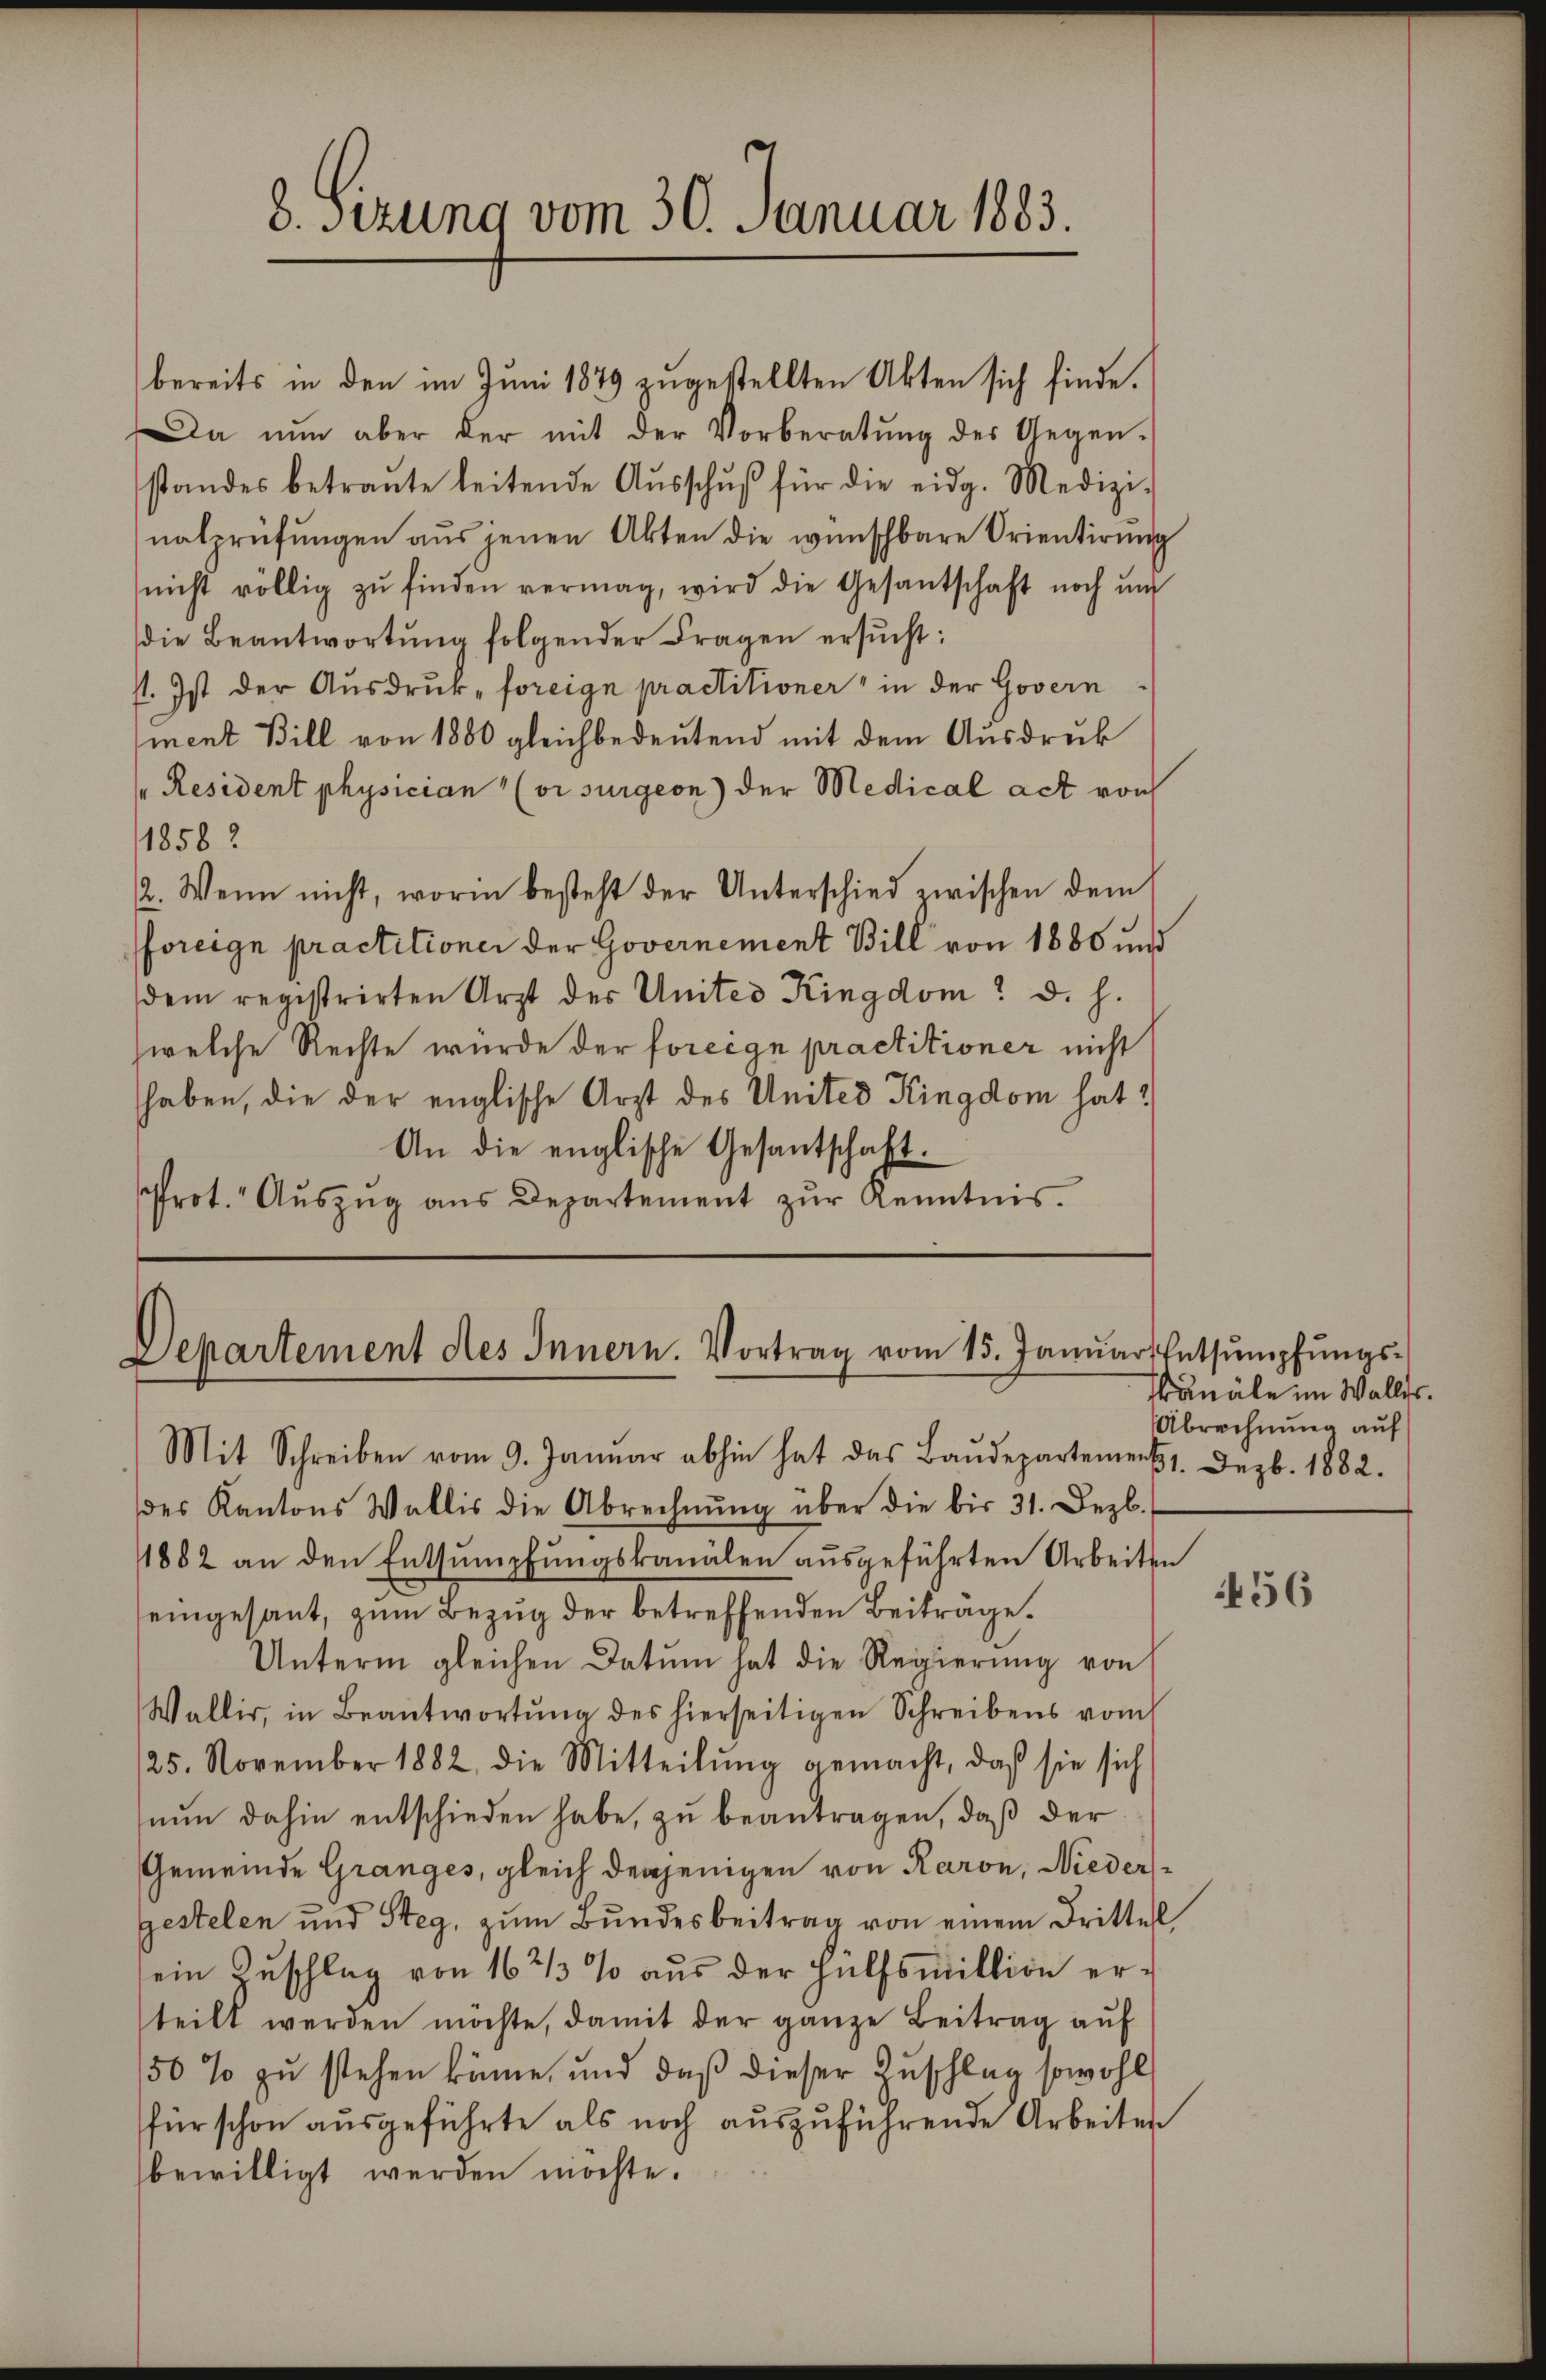
Departement des Innern. Vortrag vom 15. Janŭar Entsumpfŭngs-

bereits in den im Juni 1849 zugestellten Akten sich finde.
Da nun aber der mit der Vorberatŭng des Gegen-
standes betraŭte leitende Aŭsschŭβ für die eidg. Medizi-
natprüfŭngen aus jenen Akten die wünschbare Orientirung
nicht völlig zu finden vermag, wird die Gesantschaft noch un
die Beantwortŭng folgender Fragen ersŭcht:
st. Ist der Ausdruck, foreige praetitioner" in der Govern
ment Bill von 1880 gleichbedeutend mit dem Ausdruck
 Resident physician (visurgeon) der Medical act von
1858.
2. Wenn nicht, worin besteht der Unterschied zwischen dem
foreige praetitioner der Governement Bill von 1880 und
dem registrirten Arzt des Unter Kingdom. d. h.
zwelche Rechte wurde der foreign praetitioner nicht
haben, die der englische Arzt des United Kingdom hat
An die englische Gesantschaft.
Prot. Aŭszŭg aŭs Departement zŭr Kenntnis.

8. Sitzung vom 30. Januar 1883.

kanäle im Walles.
Abrechnung auf

Mit Schreiben vom 9. Janŭar abhin hat das Baŭdepartement. Dezbr. 1882.
des Kantons Wallis die Abrechnŭng über die bis 31. Dezb.
1882 an den Entsumpfungskanälen ausgeführten Arbeiten
eingesant, zum Bezug der betreffenden Beiträge.
Unterm gleichen Datum hat die Regierŭng von
Wallis, in Beantwortŭng des hierseitigen Schreibens vom
25. November 1882 die Mitteilŭng gemacht, daß sie sich
nŭn dahin entschieden habe, zu beantragen, daß der
Gemeinde Granges, gleich derjenigen von Raron, Niedergestelen und Steg, zŭm Bŭndesbeitrag von einem Drittel
sein Zuschlag von 16 2/3 % aus der Hülfsmittion erteilt werden möchte, damit der ganze Beitrag auf
150% zu stehen könne, und daß dieser Zuschlag sowohl
für schon ausgeführte als noch auszuführende Arbeiten
bewilligt werden möchte.

56